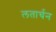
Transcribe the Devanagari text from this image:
लतार्चन